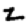
Digit: 2